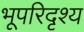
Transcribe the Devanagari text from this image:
भूपरिदृश्य